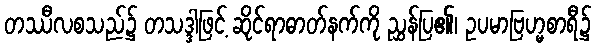
တဿီလစသည်၌ တသဒ္ဒါဖြင့် ဆိုင်ရာဓာတ်နက်ကို ညွှန်ပြ၏၊ ဥပမာဗြဟ္မစာရီ၌